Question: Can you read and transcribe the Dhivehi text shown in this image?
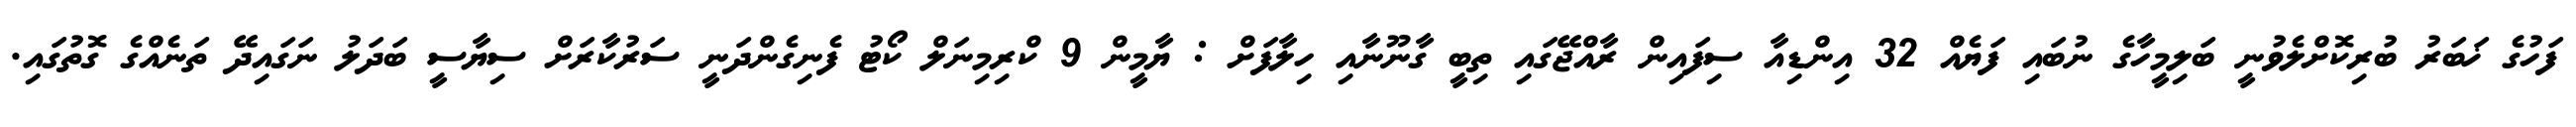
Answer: ފަހުގެ ޚަބަރު ބުރިކޮށްލެވުނީ ބަލިމީހާގެ ނުބައި ފަޔެއް 32 އިންޑިއާ ސިފައިން ރާއްޖޭގައި ތިބީ ގާނޫނާއި ހިލާފަށް : ޔާމީން 9 ކްރިމިނަލް ކޯޓު ފެނިގެންދަނީ ސަރުކާރަށް ސިޔާސީ ބަދަލު ނަގައިދޭ ތަނެއްގެ ގޮތުގައި.